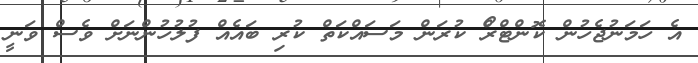
އެ ހަމަނުޖެހުން ކޮންޓްރޯް ކުރަން މަސައްކަތް ކުރި ބައެއް ފުލުހުންނަށް ވެސް ވަނީ